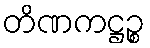
တိဏကဋ္ဌဉ္စ